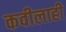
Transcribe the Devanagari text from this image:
कवीलाही